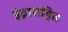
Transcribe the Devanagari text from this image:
इंद्रासहित